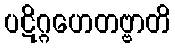
ပဋိဂ္ဂဟေတဗ္ဗာတိ